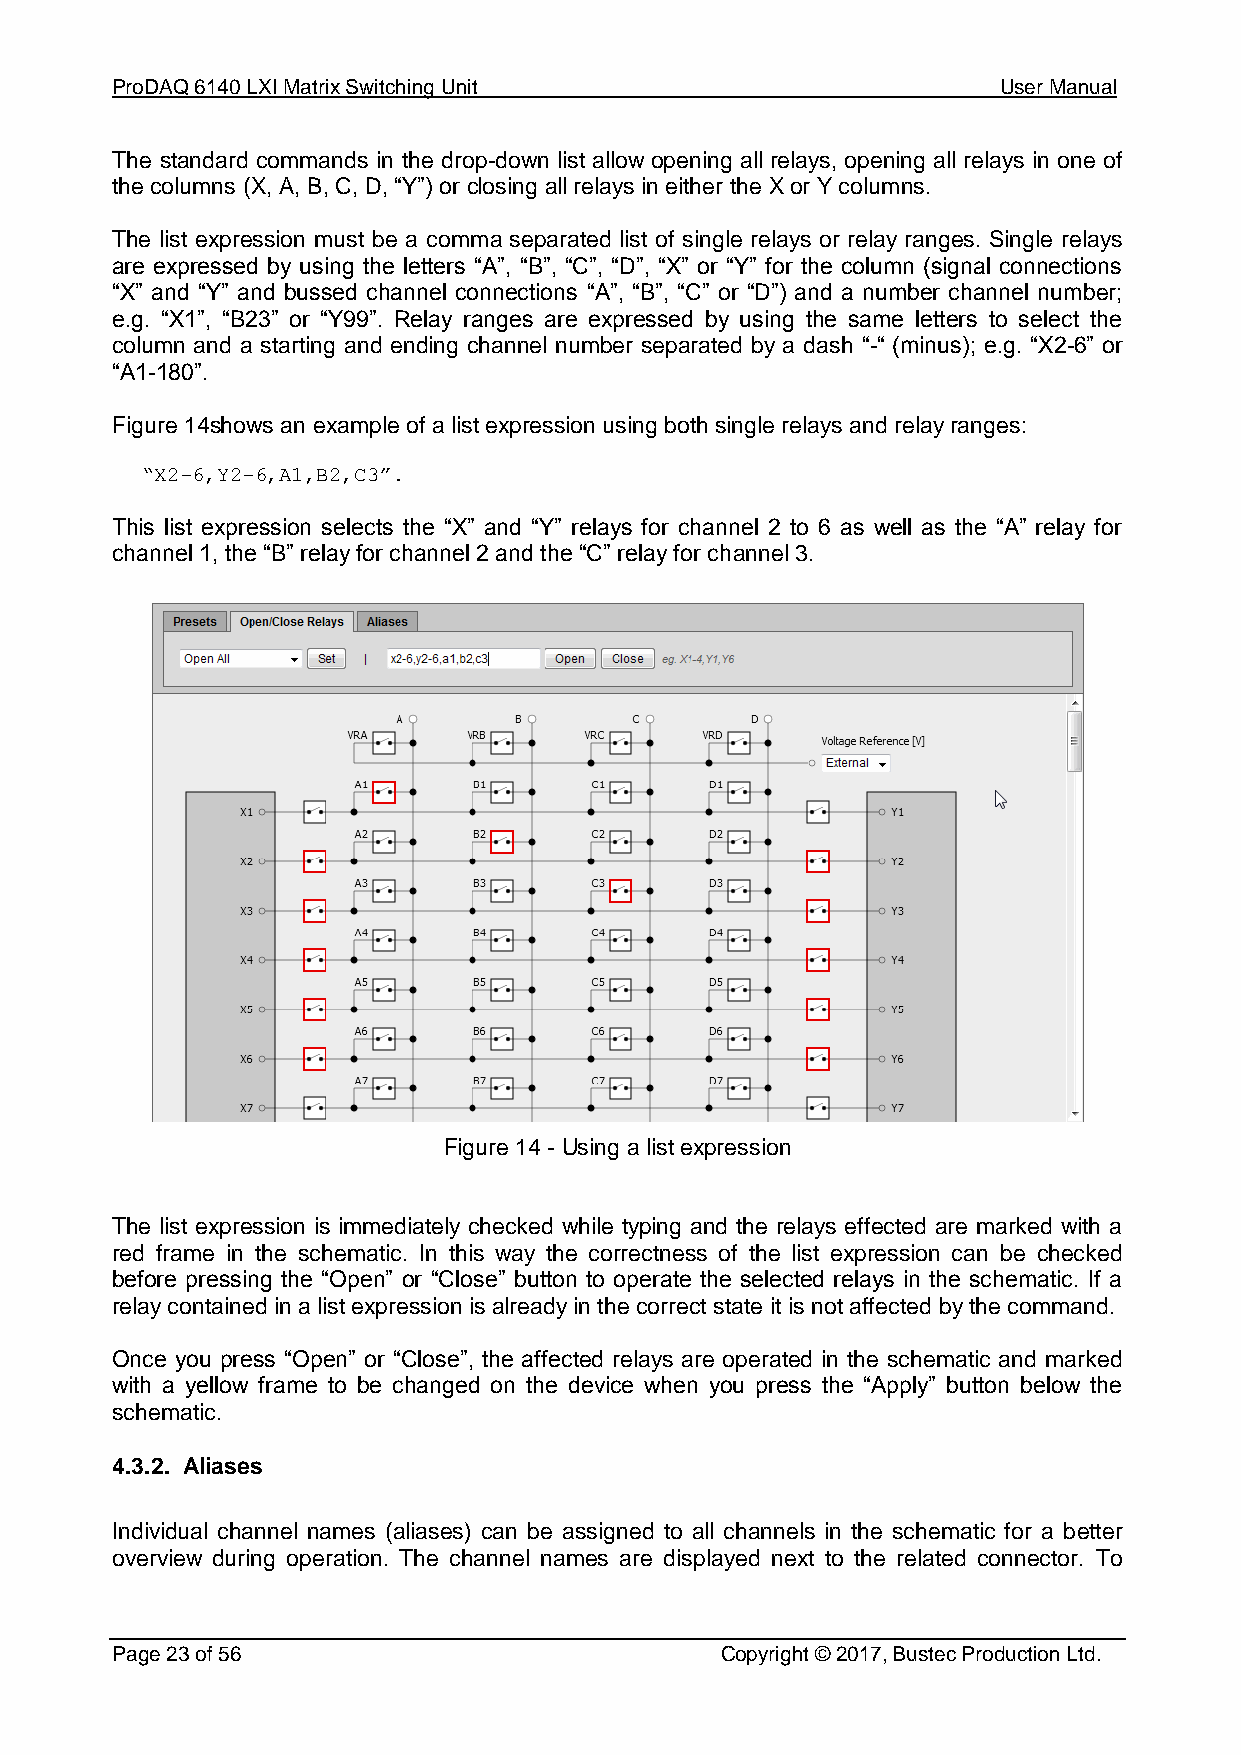
ProDAQ 6140 LXI Matrix Switching Unit                      User Manual
 The standard commands in the drop-down list allow opening all relays, opening all relays in one of
 the columns (X, A, B, C, D, “Y”) or closing all relays in either the X or Y columns.
 The list expression must be a comma separated list of single relays or relay ranges. Single relays
 are expressed by using the letters “A”, “B”, “C”, “D”, “X” or “Y” for the column (signal connections
 “X” and “Y” and bussed channel connections “A”, “B”, “C” or “D”) and a number channel number;
 e.g. “X1”, “B23” or “Y99”. Relay ranges are expressed by using the same letters to select the
 column and a starting and ending channel number separated by a dash “-“ (minus); e.g. “X2-6” or
 “A1-180”.
 Figure 14shows an example of a list expression using both single relays and relay ranges:
 “X2-6,Y2-6,A1,B2,C3”.
 This list expression selects the “X” and “Y” relays for channel 2 to 6 as well as the “A” relay for
 channel 1, the “B” relay for channel 2 and the “C” relay for channel 3.
 Figure 14 - Using a list expression
 The list expression is immediately checked while typing and the relays effected are marked with a
 red frame in the schematic. In this way the correctness of the list expression can be checked
 before pressing the “Open” or “Close” button to operate the selected relays in the schematic. If a
 relay contained in a list expression is already in the correct state it is not affected by the command.
 Once you press “Open” or “Close”, the affected relays are operated in the schematic and marked
 with a yellow frame to be changed on the device when you press the “Apply” button below the
 schematic.
 4.3.2. Aliases
 Individual channel names (aliases) can be assigned to all channels in the schematic for a better
 overview during operation. The channel names are displayed next to the related connector. To
 Page 23 of 56                            Copyright © 2017, Bustec Production Ltd.